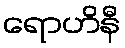
ရောဟိနီ